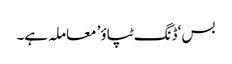
بس ‘ڈنگ ٹپاؤ’ معاملہ ہے۔